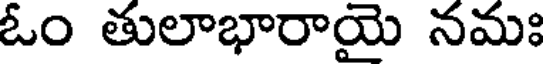
ఓం తులాభారాయై నమః